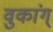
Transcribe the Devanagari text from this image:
वुकांग्